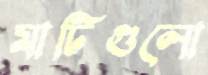
মাটিগুলো